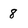
Character: 8